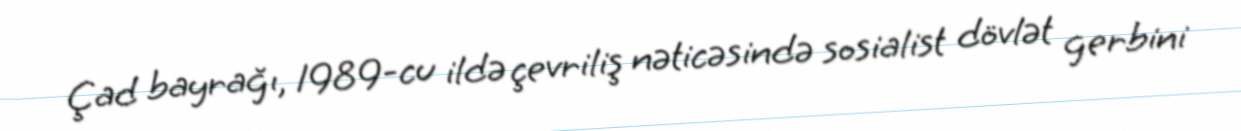
Çad bayrağı, 1989-cu ildə çevriliş nəticəsində sosialist dövlət gerbini